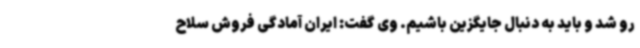
رو شد و باید به دنبال جایگزین باشیم. وی گفت: ایران آمادگی فروش سلاح